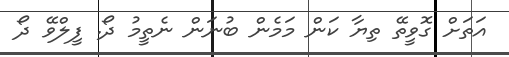
އަތަށް ގޮވީތޭ ތިޔާ ކަން މަމެން ބުނަން ނެތީމު ދޯ. ފީލްވޭ ދޯ